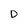
Character: D